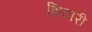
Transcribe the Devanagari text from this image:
शिवारी